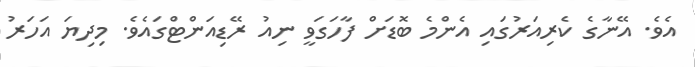
އެވެ. އޭނާގެ ކެރިއަރުގައި އެންމެ ބޮޑަށް ފާހަގަވީ ނިއު ރޭޑިއަންޓްގައެވެ. މިދިޔަ އަހަރު